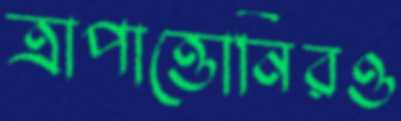
ত্রাপাত্তোনিরও